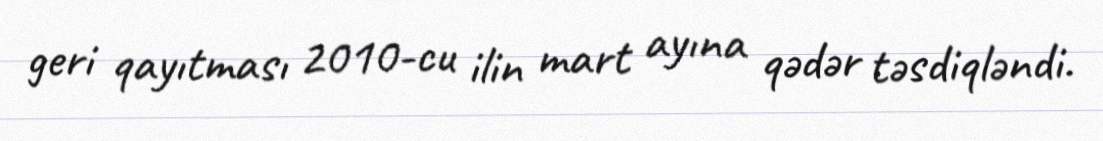
geri qayıtması 2010-cu ilin mart ayına qədər təsdiqləndi.